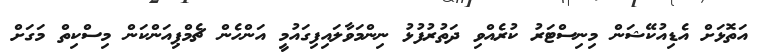
އަތޮޅަށް އެޑިއުކޭޝަން މިނިސްޓަރު ކުރެއްވި ދަތުރުފުޅު ނިންމަވާލައިފިގައުމީ އަންހެން ޗެމްޕިއަންކަން މިސްކިތް މަގަށް